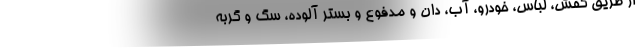
از طریق کفش، لباس، خودرو، آب، دان و مدفوع و بستر آلوده، سگ و گربه